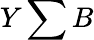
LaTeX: Y\sum B